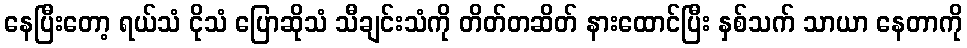
နေပြီးတော့ ရယ်သံ ငိုသံ ပြောဆိုသံ သီချင်းသံကို တိတ်တဆိတ် နားထောင်ပြီး နှစ်သက် သာယာ နေတာကို